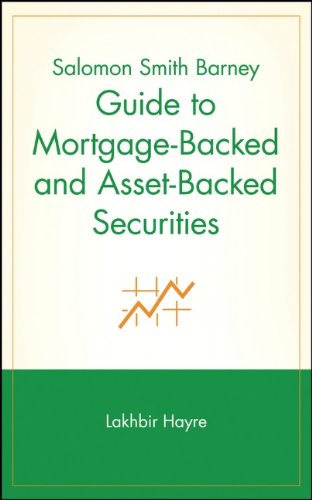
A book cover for Salomon Smith Barney Guide to Mortgage-Backed and Asset-Backed Securities; Business & Money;